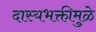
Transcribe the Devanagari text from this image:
दास्यभक्तीमुळे